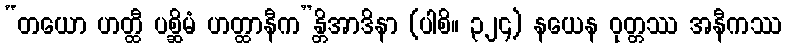
“တယော ဟတ္ထီ ပစ္ဆိမံ ဟတ္ထာနီက”န္တိအာဒိနာ (ပါစိ။ ၃၂၄) နယေန ဝုတ္တဿ အနီကဿ